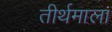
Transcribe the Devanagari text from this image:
तीर्थमाला